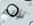
تؤلم